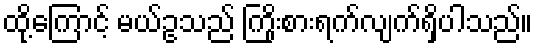
ထို့ကြောင့် မယ်ဥသည် ကြိုးစားရက်လျက်ရှိပါသည်။